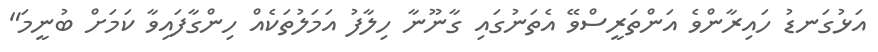
އަޅުގަނޑު ހައިރާންވެ އަންތަރީސްވޭ އެތަނުގައި ގާނޫނާ ހިލާފު އަމަލުތަކެއް ހިންގާފައިވާ ކަމަށް ބުނީމަ"